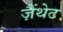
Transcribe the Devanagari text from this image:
ज़ैंथेट